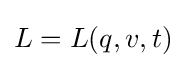
L=L(q,v,t)